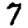
Digit: 7